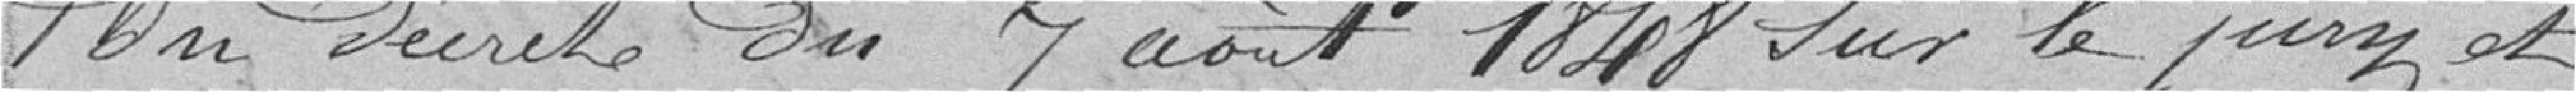
du décret du 7 août 1848 sur le jury et